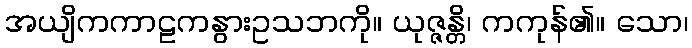
အယျိကကာဠကနွားဥသဘကို။ ယုဇ္ဇန္တိ၊ ကကုန်၏။ သော၊